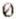
0